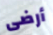
أرضى